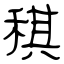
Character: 稘